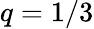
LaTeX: q=1/3